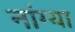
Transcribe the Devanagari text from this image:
नांग्या